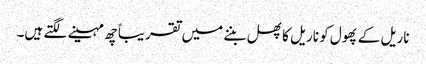
ناریل کے پھول کو ناریل کا پھل بننے میں تقریباً چھ مہینے لگتے ہیں۔